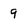
Character: 9